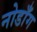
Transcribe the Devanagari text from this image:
नोडाँग